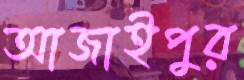
আজাইপুর